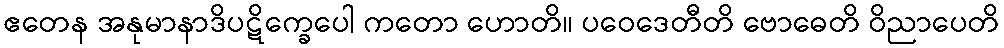
ဧတေန အနုမာနာဒိပဋိက္ခေပေါ ကတော ဟောတိ။ ပဝေဒေတီတိ ဗောဓေတိ ဝိညာပေတိ